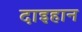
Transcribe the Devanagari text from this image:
दाइहान